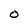
Character: O